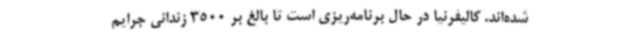
شده‌اند. کالیفرنیا در حال برنامه‌ریزی است تا بالغ بر 3500 زندانی جرایم